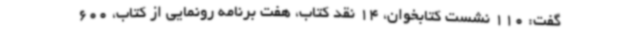
گفت: 110 نشست کتابخوان، 14 نقد کتاب، هفت برنامه رونمایی از کتاب، 600